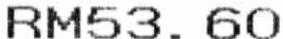
RM53.60